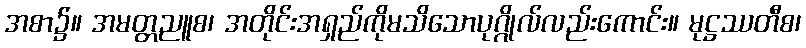
အစာ၌။ အမတ္တညူစ၊ အတိုင်းအရှည်ကိုမသိသောပုဂ္ဂိုလ်လည်းကောင်း။ မုဋ္ဌဿတီစ၊